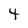
Character: 4